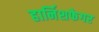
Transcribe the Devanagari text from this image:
हार्निशफेगर